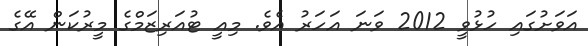
އަވަށުގައި ހުޅުވީ 2012 ވަނަ އަހަރު އެވެ. މިއީ ޓުއަރިޒަމްގެ މީރުކަން އޭގެ